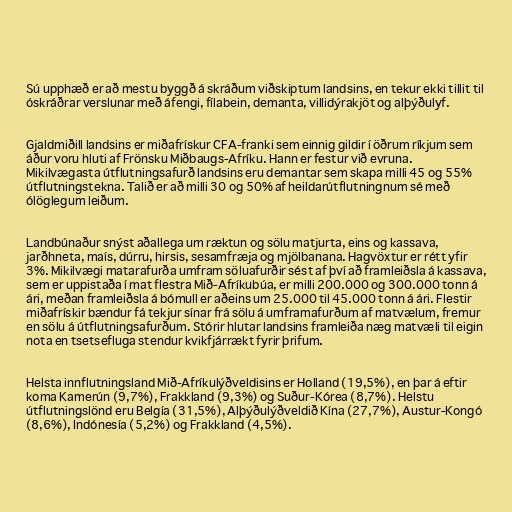
Sú upphæð er að mestu byggð á skráðum viðskiptum landsins, en tekur ekki tillit til
óskráðrar verslunar með áfengi, fílabein, demanta, villidýrakjöt og alþýðulyf.

Gjaldmiðill landsins er miðafrískur CFA-franki sem einnig gildir í öðrum ríkjum sem
áður voru hluti af Frönsku Miðbaugs-Afríku. Hann er festur við evruna.
Mikilvægasta útflutningsafurð landsins eru demantar sem skapa milli 45 og 55%
útflutningstekna. Talið er að milli 30 og 50% af heildarútflutningnum sé með
ólöglegum leiðum.

Landbúnaður snýst aðallega um ræktun og sölu matjurta, eins og kassava,
jarðhneta, maís, dúrru, hirsis, sesamfræja og mjölbanana. Hagvöxtur er rétt yfir
3%. Mikilvægi matarafurða umfram söluafurðir sést af því að framleiðsla á kassava,
sem er uppistaða í mat flestra Mið-Afríkubúa, er milli 200.000 og 300.000 tonn á
ári, meðan framleiðsla á bómull er aðeins um 25.000 til 45.000 tonn á ári. Flestir
miðafrískir bændur fá tekjur sínar frá sölu á umframafurðum af matvælum, fremur
en sölu á útflutningsafurðum. Stórir hlutar landsins framleiða næg matvæli til eigin
nota en tsetsefluga stendur kvikfjárrækt fyrir þrifum.

Helsta innflutningsland Mið-Afríkulýðveldisins er Holland (19,5%), en þar á eftir
koma Kamerún (9,7%), Frakkland (9,3%) og Suður-Kórea (8,7%). Helstu
útflutningslönd eru Belgía (31,5%), Alþýðulýðveldið Kína (27,7%), Austur-Kongó
(8,6%), Indónesía (5,2%) og Frakkland (4,5%).